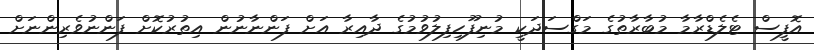
އޮފީސް ޓެލެޑްރާމާ މުބާރާތުގެ މަގްސަދަކީ މުނިފޫހިފިލުވުމުގެ ދާއިރާ އަށް ފަންނާނުން އިތުރުކޮށް ފަންނުވެރިންނަށް